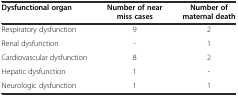
<table><thead><tr><td><b>Dysfunctional organ</b></td><td><b>Number of near miss cases</b></td><td><b>Number of maternal death</b></td></tr></thead><tbody><tr><td>Respiratory dysfunction</td><td>9</td><td>2</td></tr><tr><td>Renal dysfunction</td><td>-</td><td>1</td></tr><tr><td>Cardiovascular dysfunction</td><td>8</td><td>2</td></tr><tr><td>Hepatic dysfunction</td><td>1</td><td>-</td></tr><tr><td>Neurologic dysfunction</td><td>1</td><td>1</td></tr></tbody></table>